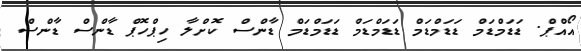
އޯއްޕް. ޑަޑަމްޑަމް ޑަޑަމްޑަމް ޑަޑަމްޑަމް ޑަޑަމްޑަމް ޑާންސް ކޮށްލާ ހިޕްހޮޕް ޑާންސް ޑާންސް